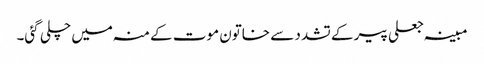
مبینہ جعلی پیر کے تشدد سے خاتون موت کے منہ میں چلی گئی۔